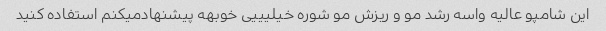
این شامپو عالیه واسه رشد مو و ریزش مو شوره خیلیییی خوبهه پیشنهادمیکنم استفاده کنید